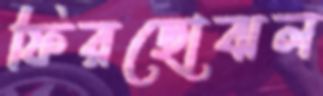
ফিরছোঝল